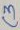
Text: C3